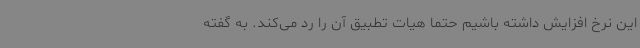
این نرخ افزایش داشته باشیم حتما هیات تطبیق آن را رد می‌کند. به گفته